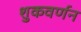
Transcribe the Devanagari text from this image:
शुकवर्णन